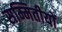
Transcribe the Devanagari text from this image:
सम्मितीयों